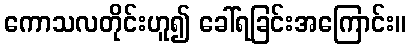
ကောသလတိုင်းဟူ၍ ခေါ်ရခြင်းအကြောင်း။